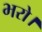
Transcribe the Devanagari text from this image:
भरो।